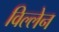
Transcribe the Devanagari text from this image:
विल्लेन